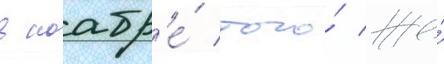
в ноабр'е́ того́ же́